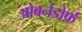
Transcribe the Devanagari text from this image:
ओबर्नडोर्फ़